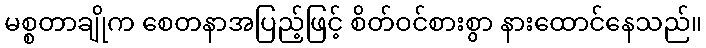
မစ္စတာချိုက စေတနာအပြည့်ဖြင့် စိတ်ဝင်စားစွာ နားထောင်နေသည်။